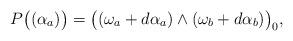
LaTeX: \begin{align*} P\big((\alpha_a)\big) = \big((\omega_a+d\alpha_a) \land (\omega_b+d\alpha_b)\big)_0,\end{align*}